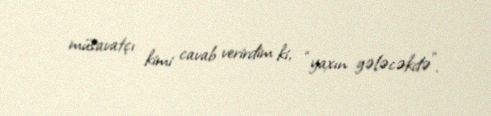
müsavatçı kimi cavab verirdim ki, “yaxın gələcəkdə”.